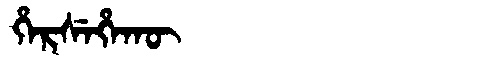
Manchu: ᡥᡝᡵᠰᡝᡥᠠᡴᡡ
Romanization: HERSEHAKŪ